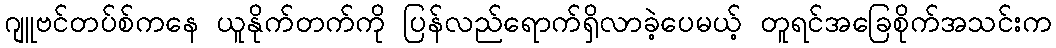
ဂျူဗင်တပ်စ်ကနေ ယူနိုက်တက်ကို ပြန်လည်ရောက်ရှိလာခဲ့ပေမယ့် တူရင်အခြေစိုက်အသင်းက